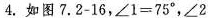
4.如图7.2-16，$$∠ 1 = 7 5 °$$，$$∠ 2